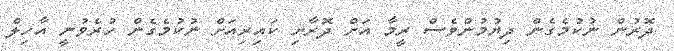
ދޮރުން ނުކުމެގެން ދިޔުމުންވެސް ރީމާ އަށް ދޮރާށި ކައިރިއަށް ނުކުމެގެން ހުރެވުނީ އާހިލް